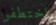
اختطفوا